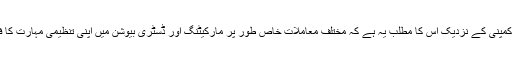
کوکاکولا کمپنی کے نزدیک اس کا مطلب یہ ہے کہ مختلف معاملات خاص طور پر مارکیٹنگ اور ڈسٹری بیوشن میں اپنی تنظیمی مہارت کا فائدہ اٹھانا۔